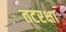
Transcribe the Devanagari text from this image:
तटरक्षा